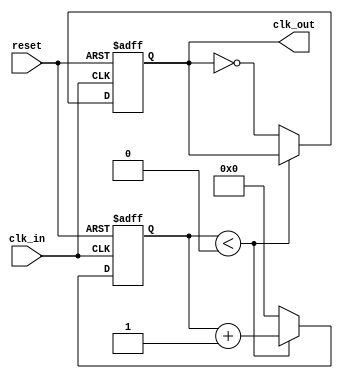
module clock_divider #(
    parameter N = 2  // Division factor, default is 2
)(
    input wire clk_in,      // Input clock signal
    input wire reset,       // Asynchronous reset signal
    output reg clk_out      // Output clock signal
);

    // Counter variable
    reg [31:0] counter;     // 32-bit counter to hold the clock cycles

    // Asynchronous reset and clock division logic
    always @(posedge clk_in or posedge reset) begin
        if (reset) begin
            counter <= 0;    // Reset the counter
            clk_out <= 0;    // Reset the output clock
        end else begin
            if (counter < (N/2 - 1)) begin
                counter <= counter + 1; // Increment counter
            end else begin
                counter <= 0;            // Reset counter
                clk_out <= ~clk_out;     // Toggle output clock
            end
        end
    end

endmodule